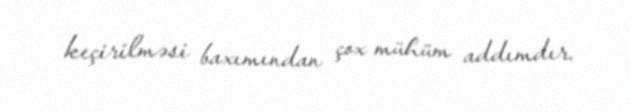
keçirilməsi baxımından çox mühüm addımdır.